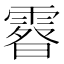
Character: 𩄉